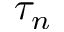
\tau _ { n }